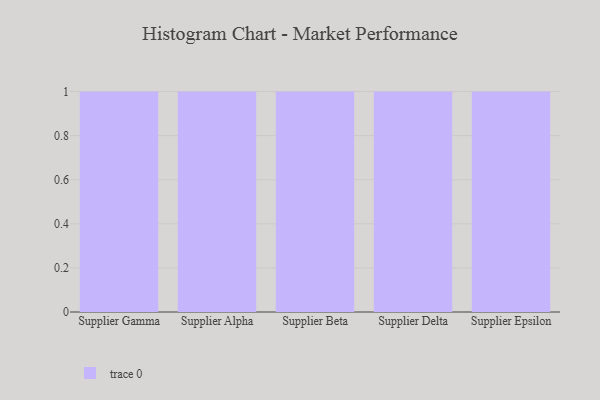
{"axis": {"x": "Supplier", "y": "Temperature (°C)"}, "legend": [""], "data": [{"x": "Supplier Gamma", "y": 1, "type": ""}, {"x": "Supplier Alpha", "y": 54, "type": ""}, {"x": "Supplier Beta", "y": 65, "type": ""}, {"x": "Supplier Delta", "y": 38, "type": ""}, {"x": "Supplier Epsilon", "y": 99, "type": ""}]}